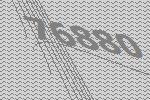
76880